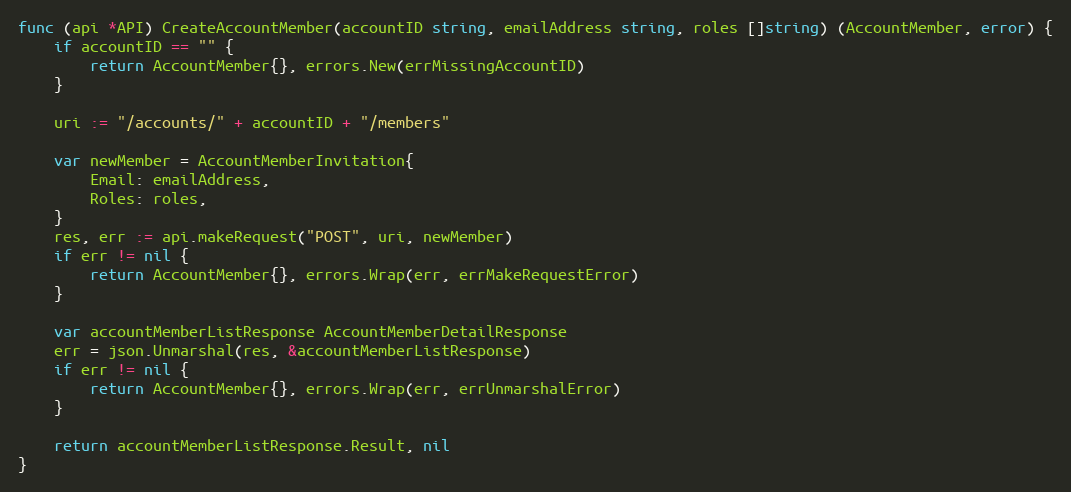
Language: Go
func (api *API) CreateAccountMember(accountID string, emailAddress string, roles []string) (AccountMember, error) {
	if accountID == "" {
		return AccountMember{}, errors.New(errMissingAccountID)
	}

	uri := "/accounts/" + accountID + "/members"

	var newMember = AccountMemberInvitation{
		Email: emailAddress,
		Roles: roles,
	}
	res, err := api.makeRequest("POST", uri, newMember)
	if err != nil {
		return AccountMember{}, errors.Wrap(err, errMakeRequestError)
	}

	var accountMemberListResponse AccountMemberDetailResponse
	err = json.Unmarshal(res, &accountMemberListResponse)
	if err != nil {
		return AccountMember{}, errors.Wrap(err, errUnmarshalError)
	}

	return accountMemberListResponse.Result, nil
}